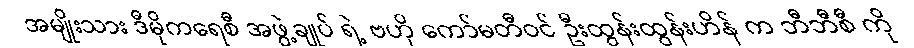
အမျိုးသား ဒီမိုကရေစီ အဖွဲ့ချုပ် ရဲ့ ဗဟို ကော်မတီဝင် ဦးထွန်းထွန်းဟိန် က ဘီဘီစီ ကို